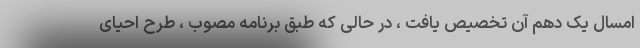
امسال یک دهم آن تخصیص یافت ، در حالی که طبق برنامه مصوب ، طرح احیای